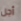
أجل